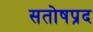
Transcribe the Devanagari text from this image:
सतोषप्रद